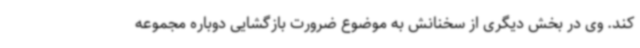
کند. وی در بخش دیگری از سخنانش به موضوع ضرورت بازگشایی دوباره مجموعه